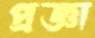
প্রজ্ঞা